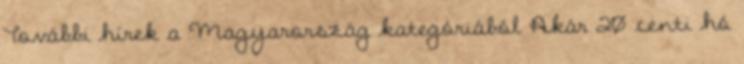
További hírek a Magyarország kategóriából Akár 20 centi hó